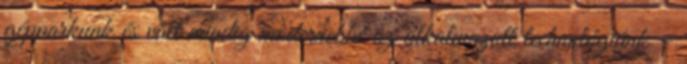
gépparkunk és vált mindig modernebbé az alkalmazott technológiánk –